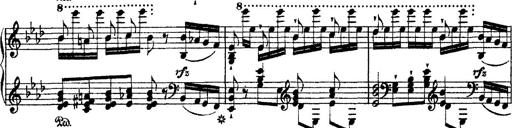
Title: Ã‰tudes d'exÃ©cution transcendante d'aprÃ¨s Paganini
Composer: Franz Liszt